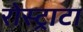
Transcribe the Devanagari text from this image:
रोस्ट्राटा